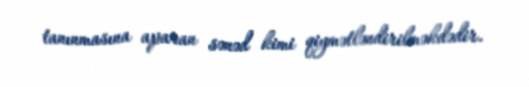
tanınmasına aparan sənəd kimi qiymətləndirilməkdədir.